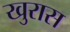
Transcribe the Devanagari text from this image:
खुरास